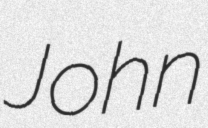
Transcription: John